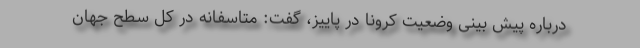
درباره پیش بینی وضعیت کرونا در پاییز، گفت: متاسفانه در کل سطح جهان